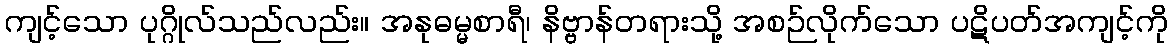
ကျင့်သော ပုဂ္ဂိုလ်သည်လည်း။ အနုဓမ္မစာရီ၊ နိဗ္ဗာန်တရားသို့ အစဉ်လိုက်သော ပဋိပတ်အကျင့်ကို